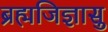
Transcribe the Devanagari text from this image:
ब्रह्मजिज्ञासु